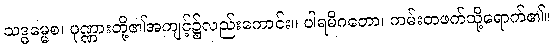
သဒ္ဓမ္မေစ၊ ပုဏ္ဏားတို့၏အကျင့်၌လည်းကောင်း။ ပါရမိဂတော၊ ကမ်းတဖက်သို့ရောက်၏။